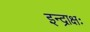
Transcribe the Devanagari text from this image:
इन्द्राक्षः